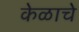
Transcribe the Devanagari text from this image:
केळाचे